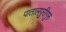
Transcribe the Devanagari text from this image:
पातालपुरीगुरु